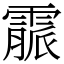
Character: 霢